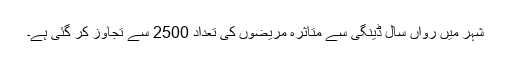
شہر میں رواں سال ڈینگی سے متاثرہ مریضوں کی تعداد 2500 سے تجاوز کر گئی ہے۔